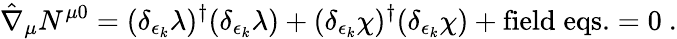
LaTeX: \hat{\nabla}_{\mu}N^{\mu 0}=({\delta_{\epsilon_{k}}\lambda})^{\dagger}(\delta_{\epsilon_{k}}\lambda)+({\delta_{\epsilon_{k}}\chi})^{\dagger}(\delta_{\epsilon_{k}}\chi)+\mathrm{field\; eqs.}=0\ .